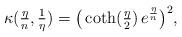
LaTeX: \begin{align*}\kappa(\tfrac{\eta}{n}, \tfrac{1}{\eta}) = \big(\coth(\tfrac{\eta}{2})\, e^{\frac{\eta}{n}}\big)^2,\end{align*}